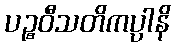
ပဉ္စဝီသတိကပ္ပါနိ